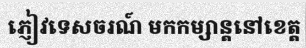
ភ្ញៀវទេសចរណ៍ មកកម្សាន្តនៅខេត្ត